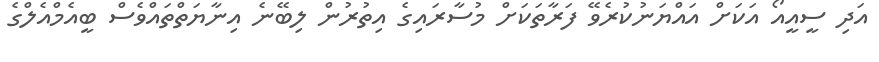
އަދި ސީއީއޯ އަކަށް އައްޔަނުކުރެވޭ ފަރާތަކަށް މުސާރައިގެ އިތުރުން ލިބޭނެ އިނާޔަތްތައްވެސް ބީއެމްއެލްގެ